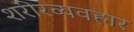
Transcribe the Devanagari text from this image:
शरीरव्यवहार